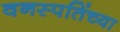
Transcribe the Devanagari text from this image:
वनस्पतिंच्या